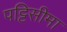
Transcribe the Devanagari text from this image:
पट्टिसीमा